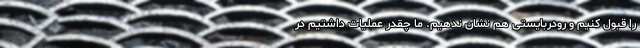
را قبول کنیم و رودربایستی هم نشان ندهیم. ما چقدر عملیات داشتیم در